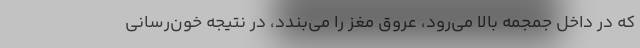
که در داخل جمجمه بالا می‌رود، عروق مغز را می‌بندد، در نتیجه خون‌رسانی